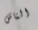
الناس